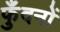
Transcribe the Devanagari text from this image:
फुँदनों